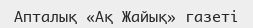
Апталық «Ақ Жайық» газеті